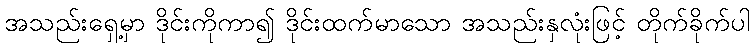
အသည်းရှေ့မှာ ဒိုင်းကိုကာ၍ ဒိုင်းထက်မာသော အသည်းနှလုံးဖြင့် တိုက်ခိုက်ပါ